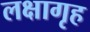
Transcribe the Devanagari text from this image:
लक्षागृह